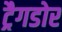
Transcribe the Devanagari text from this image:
ट्रैगडोर